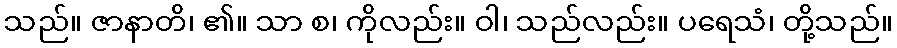
သည်။ ဇာနာတိ၊ ၏။ သာ စ၊ ကိုလည်း။ ဝါ၊ သည်လည်း။ ပရေသံ၊ တို့သည်။